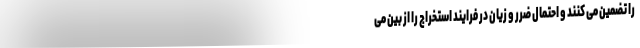
را تضمین می کنند و احتمال ضرر و زیان در فرایند استخراج را از بین می